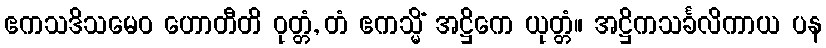
ဧကသဒိသမေဝ ဟောတီတိ ဝုတ္တံ, တံ ဧကသ္မိံ အဋ္ဌိကေ ယုတ္တံ။ အဋ္ဌိကသင်္ခလိကာယ ပန